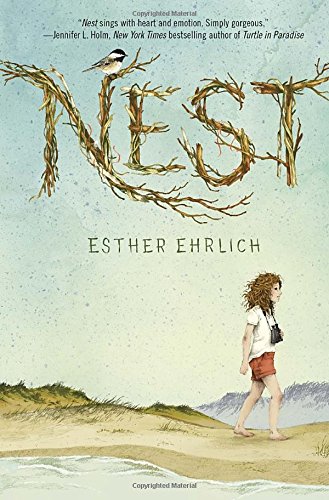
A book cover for Nest; Esther Ehrlich; Health, Fitness & Dieting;